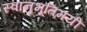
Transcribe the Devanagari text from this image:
स्वानुभूतिमयी